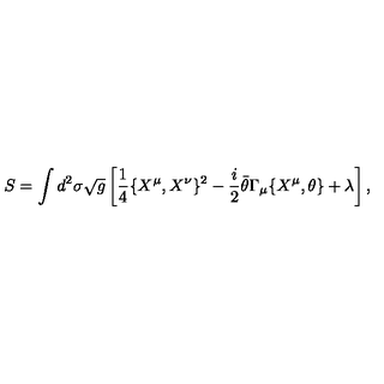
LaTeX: S = \int d ^ { 2 } \sigma \sqrt { g } \left[ \frac { 1 } { 4 } \{ X ^ { \mu } , X ^ { \nu } \} ^ { 2 } - \frac { i } { 2 } \bar { \theta } \Gamma _ { \mu } \{ X ^ { \mu } , \theta \} + \lambda \right] ,